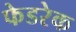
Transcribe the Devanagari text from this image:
फेडरेक